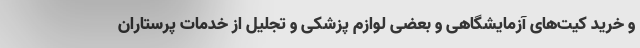
و خرید کیت‌های آزمایشگاهی و بعضی لوازم پزشکی و تجلیل از خدمات پرستاران